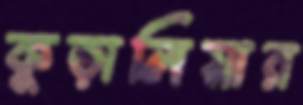
কুড়ালিয়ার